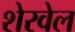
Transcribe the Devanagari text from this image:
शेरवेल